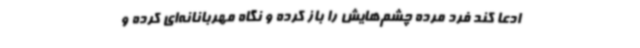
ادعا کند فرد مرده چشم‌هایش را باز کرده و نگاه مهربانانه‌ای کرده و